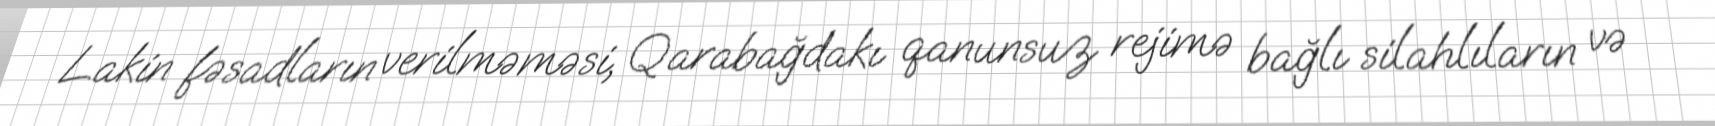
Lakin fəsadların verilməməsi, Qarabağdakı qanunsuz rejimə bağlı silahlıların və